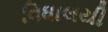
વિધાલયી